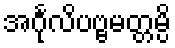
အင်္ဂုလိပဗ္ဗမတ္တမ္ပိ